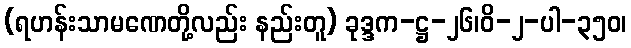
(ရဟန်းသာမဏေတို့လည်း နည်းတူ) ခုဒ္ဒက-ဋ္ဌ-၂၆၊ဝိ-၂-ပါ-၃၅၀၊